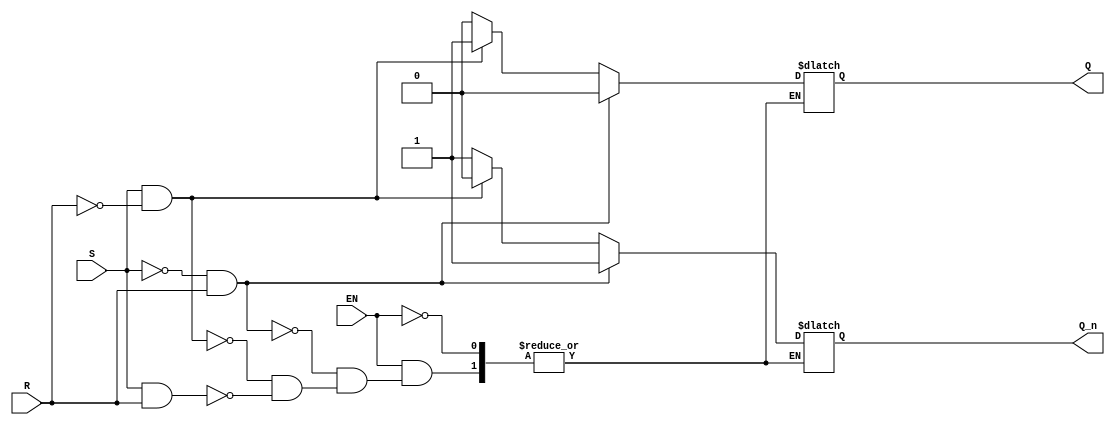
module SR_FF(input S, input R, input EN, output reg Q, output reg Q_n);

reg Q_int, Q_n_int;

always @(S, R, EN)
begin
    if (EN)
    begin
        if (!S && R)
        begin
            Q_int <= 0;
            Q_n_int <= 1;
        end
        else if (S && !R)
        begin
            Q_int <= 1;
            Q_n_int <= 0;
        end
        else if (S && R)
        begin
            Q_int <= 0;
            Q_n_int <= 1;
        end
        else
        begin
            Q_int <= Q_int;
            Q_n_int <= Q_n_int;
        end
    end
end

assign Q = Q_int;
assign Q_n = Q_n_int;

endmodule